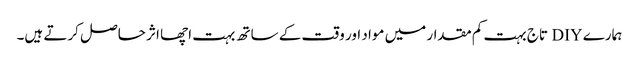
ہمارے DIY تاج بہت کم مقدار میں مواد اور وقت کے ساتھ بہت اچھا اثر حاصل کرتے ہیں۔